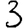
Digit: 3